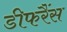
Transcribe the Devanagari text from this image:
डीफरैंस